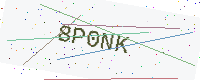
Text: 8P0NK